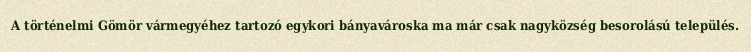
A történelmi Gömör vármegyéhez tartozó egykori bányavároska ma már csak nagyközség besorolású település.